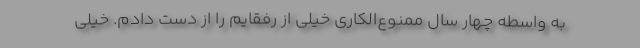
به واسطه چهار سال ممنوع‌الکاری خیلی از رفقایم را از دست دادم. خیلی